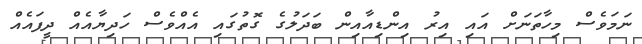
ނަމަވެސް މިހާތަނަށް އައި އިރު އިންޑިއާއިން ބަދަލުގެ ގޮތުގައި އެއްވެސް ހަދިޔާއެއް ދީފައެއް